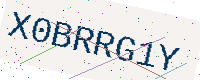
Text: X0BRRG1Y